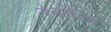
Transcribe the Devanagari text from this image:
बेलगेरम